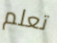
تعلم